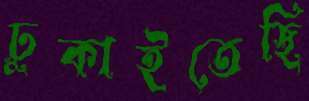
ঢুকাইতেছি